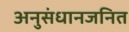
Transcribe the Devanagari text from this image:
अनुसंधानजनित